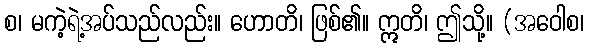
စ၊ မကဲ့ရဲ့အပ်သည်လည်း။ ဟောတိ၊ ဖြစ်၏။ ဣတိ၊ ဤသို့။ (အဝေါစ၊